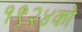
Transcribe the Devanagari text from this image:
१९२४को